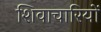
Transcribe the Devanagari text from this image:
शिवाचारियों